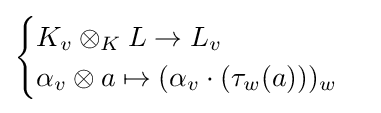
{\begin{cases}K_{v}\otimes _{K}L\to L_{v}\\\alpha _{v}\otimes a\mapsto (\alpha _{v}\cdot (\tau _{w}(a)))_{w}\end{cases}}